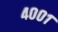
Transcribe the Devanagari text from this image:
४००१